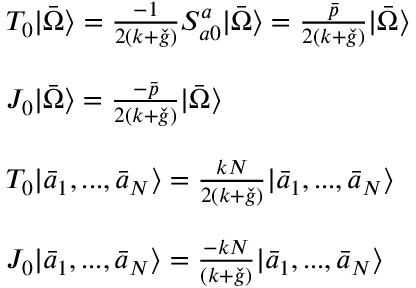
\begin{array} { l } { { T _ { 0 } | \bar { \Omega } \rangle = \frac { - 1 } { 2 ( k + \check { g } ) } S _ { a 0 } ^ { a } | \bar { \Omega } \rangle = \frac { \bar { p } } { 2 ( k + \check { g } ) } | \bar { \Omega } \rangle } } \\ { { \ } } \\ { { J _ { 0 } | \bar { \Omega } \rangle = \frac { - \bar { p } } { 2 ( k + \check { g } ) } | \bar { \Omega } \rangle } } \\ { { \ } } \\ { { T _ { 0 } | \bar { a } _ { 1 } , . . . , \bar { a } _ { N } \rangle = \frac { k N } { 2 ( k + \check { g } ) } | \bar { a } _ { 1 } , . . . , \bar { a } _ { N } \rangle } } \\ { { \ } } \\ { { J _ { 0 } | \bar { a } _ { 1 } , . . . , \bar { a } _ { N } \rangle = \frac { - k N } { ( k + \check { g } ) } | \bar { a } _ { 1 } , . . . , \bar { a } _ { N } \rangle } } \end{array}